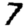
Digit: 7